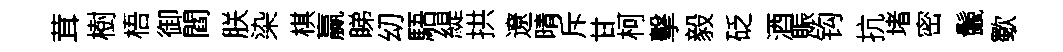
茸樹梧御閻朕染棋贏睇㓜䮏緹拱遼晴斥甘柯擊毅砭酒賑钩抗堵密鬛歜